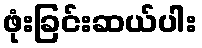
ဖုံးခြင်းဆယ်ပါး